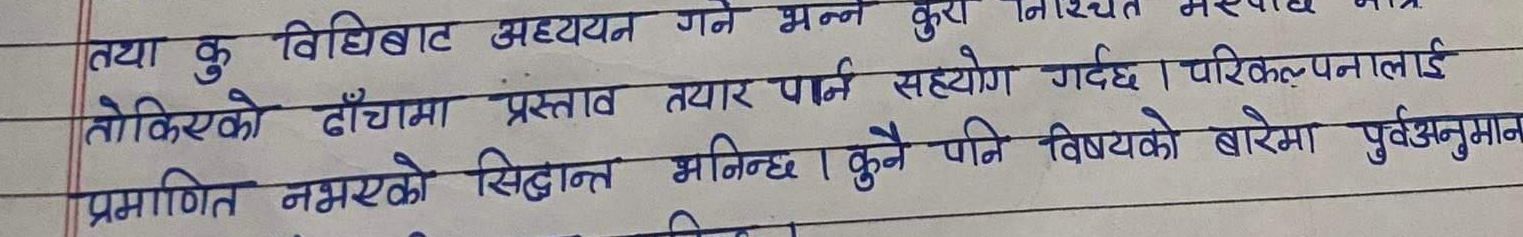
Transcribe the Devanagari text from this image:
तथा कु विधिबाट अध्ययन गर्ने भन्ने कुरा निश्चित मस्ताले मात्र
तोकिएको ढाँचामा प्रस्ताव तयार पार्न सहयोग गर्दछ। परिकल्पनालाई
प्रमाणित नभएको सिद्धान्त भनिन्छ । कुनै पनि विषयको बारेमा पुर्वअनुमान